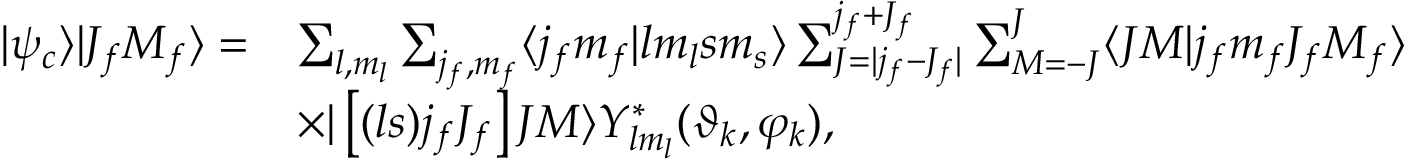
\begin{array} { r l } { | \psi _ { c } \rangle | J _ { f } M _ { f } \rangle = } & { \sum _ { l , m _ { l } } \sum _ { j _ { f } , m _ { f } } \langle j _ { f } m _ { f } | l m _ { l } s m _ { s } \rangle \sum _ { J = | j _ { f } - J _ { f } | } ^ { j _ { f } + J _ { f } } \sum _ { M = - J } ^ { J } \langle J M | j _ { f } m _ { f } J _ { f } M _ { f } \rangle } \\ & { \times | \left[ ( l s ) j _ { f } J _ { f } \right] J M \rangle Y _ { l m _ { l } } ^ { * } ( \vartheta _ { k } , \varphi _ { k } ) , } \end{array}